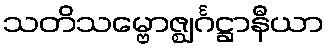
သတိသမ္ဗောဇ္ဈင်္ဂဋ္ဌာနီယာ